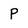
Character: p